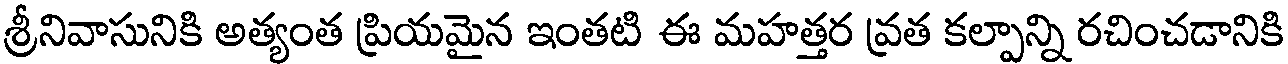
శ్రీనివాసునికి అత్యంత ప్రియమైన ఇంతటి ఈ మహత్తర వ్రత కల్పాన్ని రచించడానికి